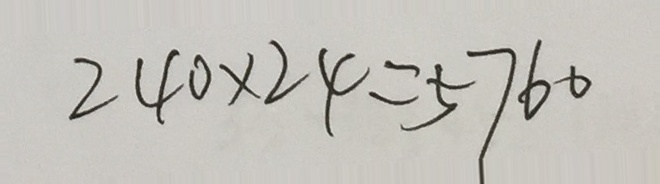
2 4 0 \times 2 4 = 5 7 6 0